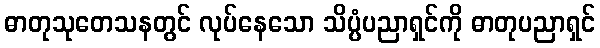
ဓာတုသုတေသနတွင် လုပ်နေသော သိပ္ပံပညာရှင်ကို ဓာတုပညာရှင်